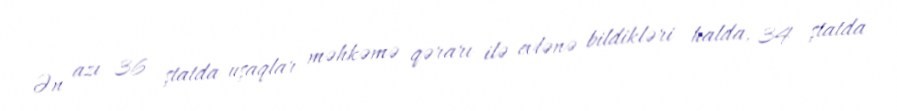
Ən azı 36 ştatda uşaqlar məhkəmə qərarı ilə evlənə bildikləri halda, 34 ştatda